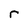
Character: r